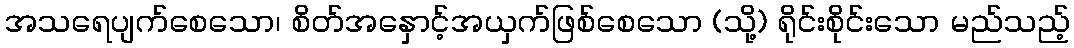
အသရေပျက်စေသော၊ စိတ်အနှောင့်အယှက်ဖြစ်စေသော (သို့) ရိုင်းစိုင်းသော မည်သည့်